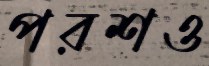
পরশও